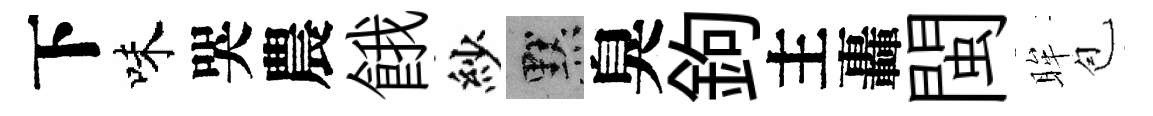
下味哭農餓紗默臭鉤主轟閩眸苞